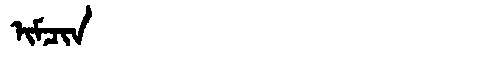
Manchu: ᡳᠮᠴᡳᠨ
Romanization: IMCIN